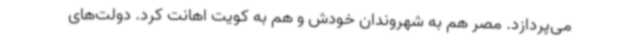
می‌پردازد. مصر هم به شهروندان خودش و هم به کویت اهانت کرد. دولت‌های